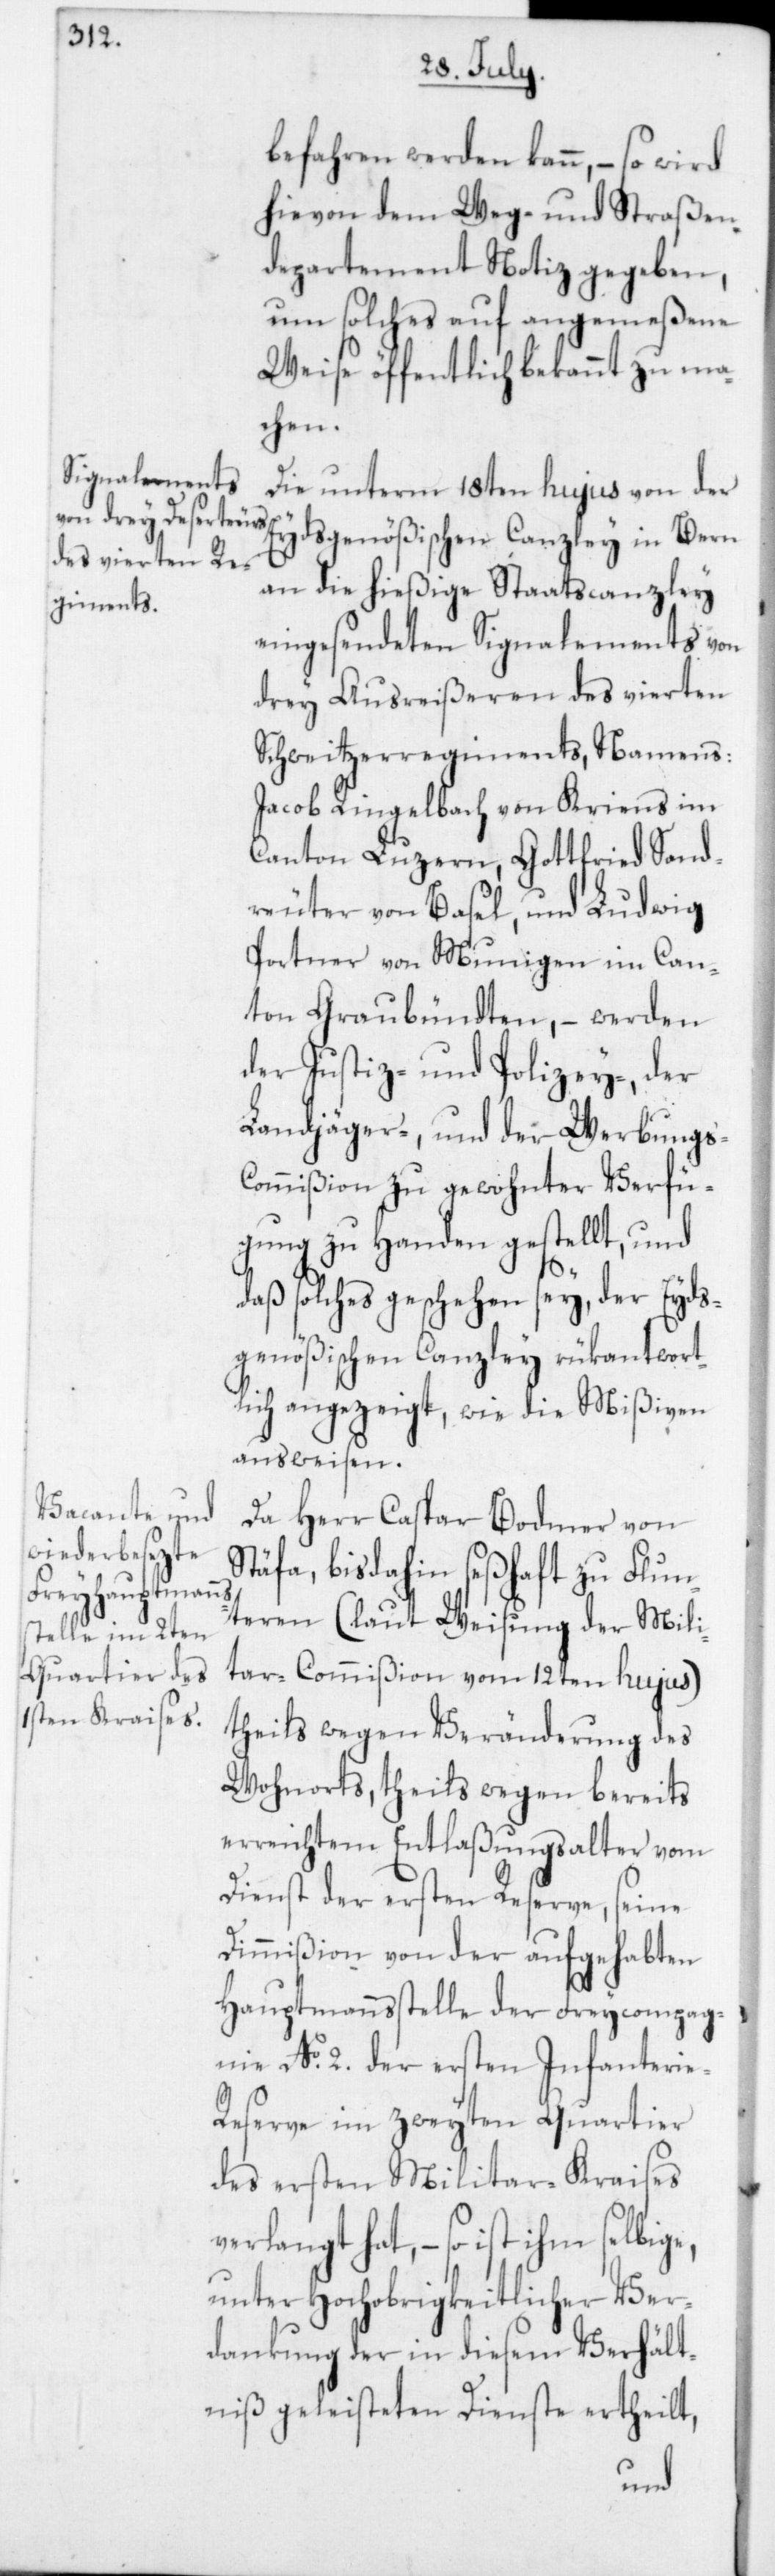
befahren werden kann, – so wird
hievon dem Weg- und Straßen¬
departement Notiz gegeben,
um solches auf angemeßene
Weise öffentlich bekannt zu ma¬
chen.
Die unterm 18ten hujus von der
Eydsgenößischen Canzley in Bern
an die hießige Staatscanzley
eingesendeten Signalements von
drey Ausreißeren des vierten
Schweitzerregiments, Namens
Jacob Ringelbach von Kriens im
Canton Luzern; Gottfried Sand¬
reuter von Basel; und Ludwig
Portner von Munigen im Can¬
ton Graubündten, – werden
der Justiz- und Polizey-, der
Landjäger- und der Werbungs-C¬
ommißion zu gewohnter Verfü¬
gung zu Handen gestellt, und
daß solches geschehen sey, der Eyds¬
genößischen Canzley rükantwort¬
lich angezeigt, wie die Mißiven
ausweisen.
Da Herr Caspar Bodmer von
Stäfa, bis dahin seßhaft zu Flun¬
tern (laut Weisung der Mili¬
tar-Commißion vom 12ten hujus)
theils wegen Veränderung des
Wohnorts, theils wegen bereits
erreichtem Entlaßungsalter vom
Dienst der ersten Reserve, seine
Dimmißion von der aufgehabten
Hauptmannsstelle der Freycompag¬
nie No 2. der ersten Infanterie-R¬
eserve im zweyten Quartier
des ersten Militar-Kraises
verlangt hat, – so ist ihm selbige,
unter Hochobrigkeitlicher Ver¬
dankung der in diesem Verhält¬
niß geleisteten Dienste ertheilt,